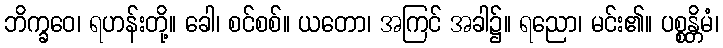
ဘိက္ခဝေ၊ ရဟန်းတို့။ ခေါ၊ စင်စစ်။ ယတော၊ အကြင် အခါ၌။ ရညော၊ မင်း၏။ ပစ္စန္တိမံ၊